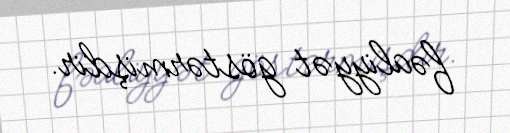
fəaliyyət göstərmişdir.